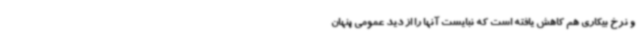
و نرخ بیکاری هم کاهش یافته است که نبایست آنها را از دید عمومی پنهان